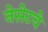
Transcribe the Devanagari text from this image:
नेसेटचे